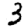
Digit: 3